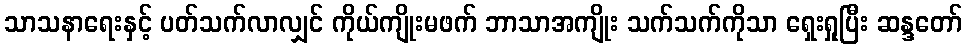
သာသနာရေးနှင့် ပတ်သက်လာလျှင် ကိုယ်ကျိုးမဖက် ဘာသာအကျိုး သက်သက်ကိုသာ ရှေးရှုပြီး ဆန္ဒတော်